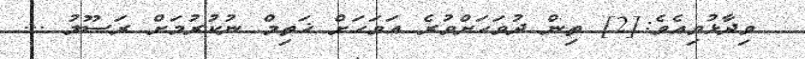
ވިދާޅުވިއެވެ:[2] ތިން ދުވަހަށްވުރެ އަވަހަށް ޚަތިމް ނުކުރުމަށް ރަސޫލު ...